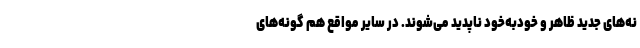
نه‌های جدید ظاهر و خودبه‌خود ناپدید می‌شوند. در سایر مواقع هم گونه‌های